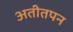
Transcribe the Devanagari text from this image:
अतीतपन